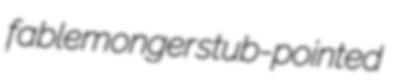
fablemonger stub-pointed